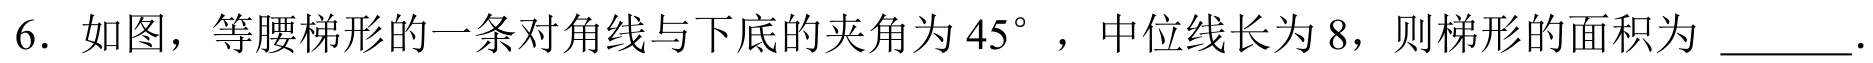
6. 如图，等腰梯形的一条对角线与下底的夹角为\(45^{\circ}\) ，中位线长为\(8\)，则梯形的面积为 \(\underline{\quad\quad}\).